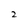
Character: 2